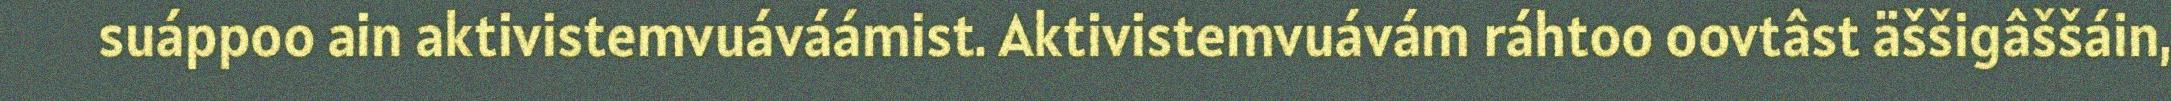
suáppoo ain aktivistemvuáváámist. Aktivistemvuávám ráhtoo oovtâst äššigâššáin,